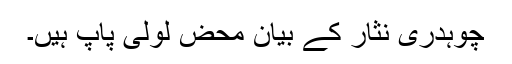
چوہدری نثار کے بیان محض لولی پاپ ہیں۔